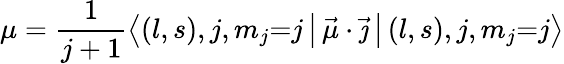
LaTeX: \mu={\frac{1}{j+1}}{\bigl\langle}(l,s),j,m_{j}{=}j\, {\bigr|}\, {\vec{\mu}}\cdot{\vec{\jmath}}\, {\bigl|}\, (l,s),j,m_{j}{=}j{\bigr\rangle}